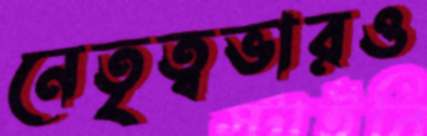
নেতৃত্বভারও